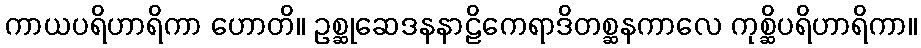
ကာယပရိဟာရိကာ ဟောတိ။ ဥစ္ဆုဆေဒနနာဠိကေရာဒိတစ္ဆနကာလေ ကုစ္ဆိပရိဟာရိကာ။